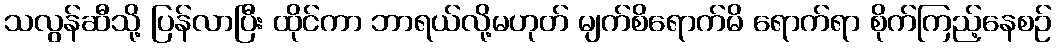
သလွန်ဆီသို့ ပြန်လာပြီး ထိုင်ကာ ဘာရယ်လို့မဟုတ် မျက်စိရောက်မိ ရောက်ရာ စိုက်ကြည့်နေစဉ်